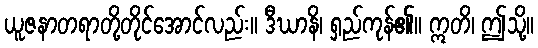
ယူဇနာတရာတို့တိုင်အောင်လည်း။ ဒီဃာနိ၊ ရှည်ကုန်၏။ ဣတိ၊ ဤသို့။